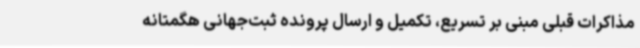
مذاکرات قبلی مبنی بر تسریع، تکمیل و ارسال پرونده ثبت‌جهانی هگمتانه